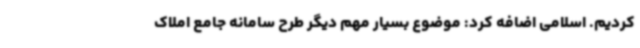
کردیم. اسلامی اضافه کرد: موضوع بسیار مهم دیگر طرح سامانه جامع املاک